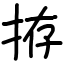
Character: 拵